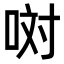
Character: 𠲝